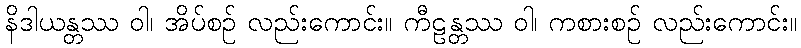
နိဒါယန္တဿ ဝါ၊ အိပ်စဉ် လည်းကောင်း။ ကီဠန္တဿ ဝါ၊ ကစားစဉ် လည်းကောင်း။